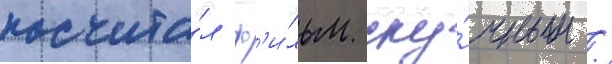
посчита́л ф'и́льм ску́чным /